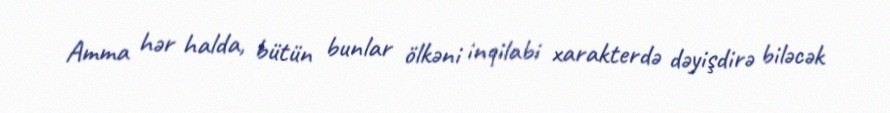
Amma hər halda, bütün bunlar ölkəni inqilabi xarakterdə dəyişdirə biləcək